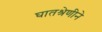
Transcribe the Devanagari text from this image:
घातश्रेणीने